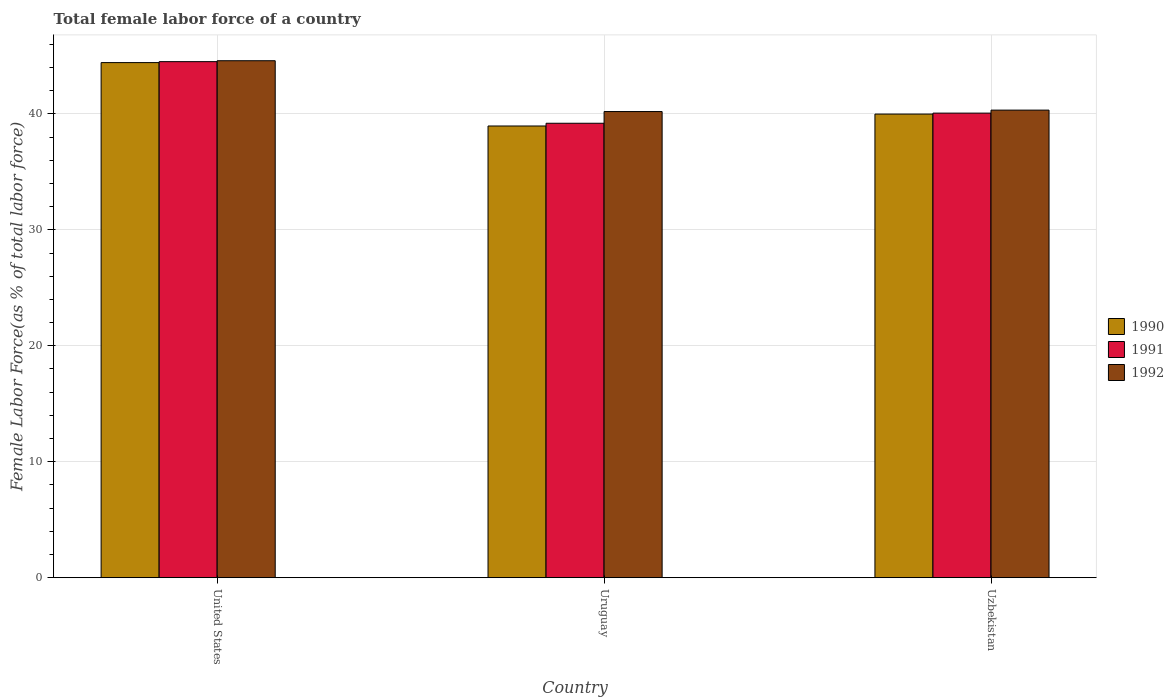
| Country | 1990 | 1991 | 1992 |
 | --- | --- | --- | --- |
 | United States | 44.4 | 44.5 | 44.6 |
 | Uruguay | 39 | 39.2 | 40.2 |
 | Uzbekistan | 40 | 40.1 | 40.3 |